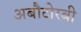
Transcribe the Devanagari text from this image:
अबौटोरबी